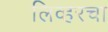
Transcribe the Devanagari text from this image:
लिव्हरचा